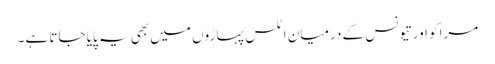
مراکو اور تیونس کے درمیان اٹلس پہاڑوں میں بھی یہ پایا جاتا ہے۔